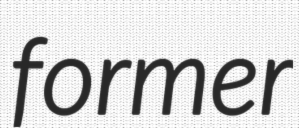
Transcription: former